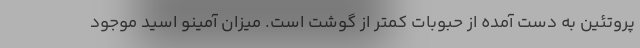
پروتئین به دست آمده از حبوبات کمتر از گوشت است. میزان آمینو اسید موجود